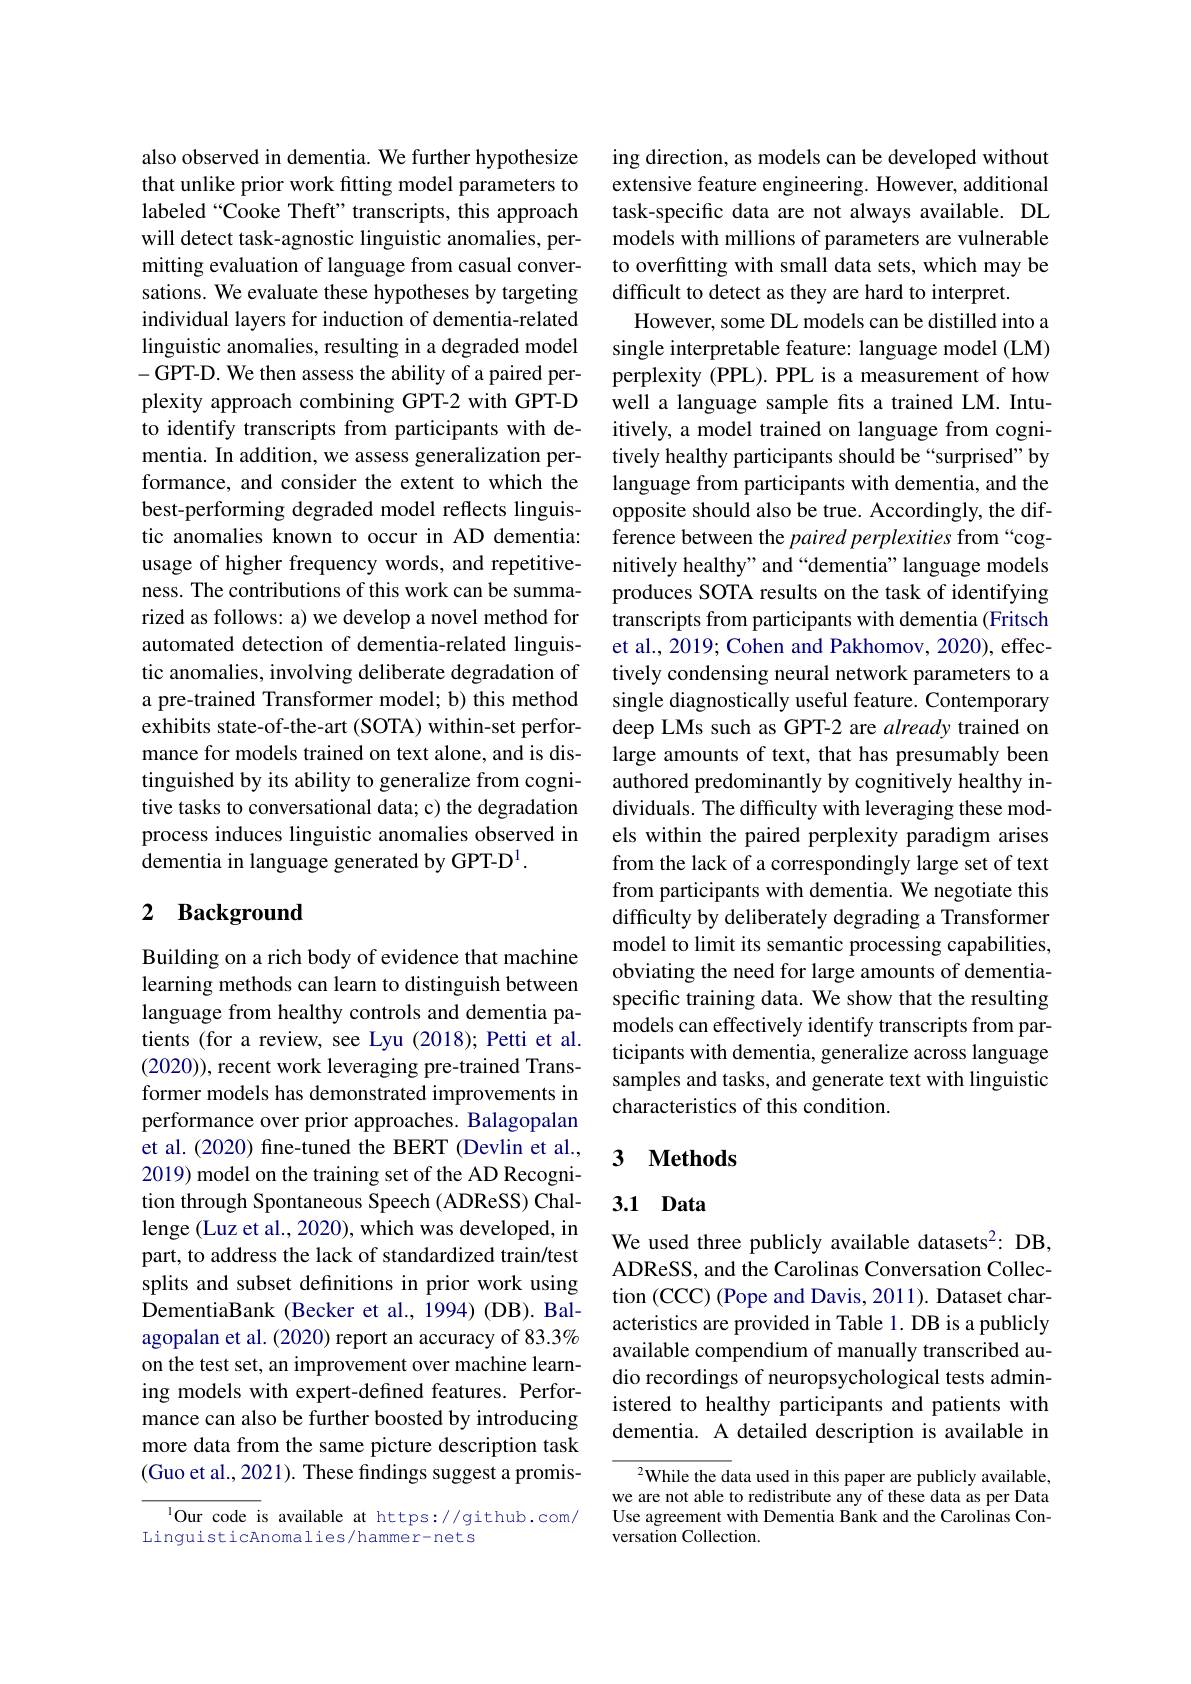
also observed in dementia. We further hypothesize that unlike prior work fitting model parameters to labeled “Cooke Theft” transcripts, this approach will detect task-agnostic linguistic anomalies, permitting evaluation of language from casual conversations. We evaluate these hypotheses by targeting individual layers for induction of dementia-related linguistic anomalies, resulting in a degraded model -GPT-D. We then assess the ability of a paired perplexity approach combining GPT-2 with GPT-D to identify transcripts from participants with dementia. In addition, we assess generalization performance, and consider the extent to which the best-performing degraded model reflects linguistic anomalies known to occur in AD dementia: usage of higher frequency words, and repetitiveness. The contributions of this work can be summarized as follows: a) we develop a novel method for automated detection of dementia-related linguistic anomalies, involving deliberate degradation of a pre-trained Transformer model; b) this method exhibits state-of-the-art (SOTA) within-set performance for models trained on text alone, and is distinguished by its ability to generalize from cognitive tasks to conversational data; c) the degradation process induces linguistic anomalies observed in dementia in language generated by GPT-D$^1.$

# 2 Background

Building on a rich body of evidence that machine learning methods can learn to distinguish between language from healthy controls and dementia patients (for a review, see Lyu (2018); Petti et al. (2020)), recent work leveraging pre-trained Transformer models has demonstrated improvements in performance over prior approaches. Balagopalan et al. (2020) fine-tuned the BERT (Devlin et al., 2019) model on the training set of the AD Recognition through Spontaneous Speech (ADReSS) Challenge (Luz et al., 2020), which was developed, in part, to address the lack of standardized train/test splits and subset definitions in prior work using DementiaBank (Becker et al., 1994) (DB). Balagopalan et al. (2020) report an accuracy of 83.3% on the test set, an improvement over machine learning models with expert-defined features. Performance can also be further boosted by introducing more data from the same picture description task (Guo et al., 2021). These findings suggest a promis-

lOur code is available at https://github.com/
LinguisticAnomalies/hammer-nets

ing direction, as models can be developed without extensive feature engineering. However, additional task-specific data are not always available. DL models with millions of parameters are vulnerable to overfitting with small data sets, which may be difficult to detect as they are hard to interpret.
However, some DL models can be distilled into a single interpretable feature: language model (LM) perplexity (PPL).PPL is a measurement of how well a language sample fits a trained LM. Intuitively, a model trained on language from cognitively healthy participants should be“surprised”by language from participants with dementia, and the opposite should also be true. Accordingly, the difference between the paired perplexities from “cognitively healthy" and “dementia” language models produces SOTA results on the task of identifying transcripts from participants with dementia (Fritsch et al., 2019; Cohen and Pakhomov, 2020), effectively condensing neural network parameters to a single diagnostically useful feature. Contemporary deep LMs such as GPT-2 are already trained on large amounts of text, that has presumably been authored predominantly by cognitively healthy individuals. The difficulty with leveraging these models within the paired perplexity paradigm arises from the lack of a correspondingly large set of text from participants with dementia. We negotiate this difficulty by deliberately degrading a Transformer model to limit its semantic processing capabilities, obviating the need for large amounts of dementiaspecific training data. We show that the resulting models can effectively identify transcripts from participants with dementia, generalize across language samples and tasks, and generate text with linguistic characteristics of this condition.

## 3 $\textbf{Methods}$

## 3.1 Data

We used three publicly available datasets$^{2}$: DB, ADReSS, and the Carolinas Conversation Collection (CCC) (Pope and Davis, 2011). Dataset characteristics are provided in Table 1. DB is a publicly available compendium of manually transcribed audio recordings of neuropsychological tests administered to healthy participants and patients with dementia. A detailed description is available in

$^{2}$While the data used in this paper are publicly available, we are not able to redistribute any of these data as per Data Use agreement with Dementia Bank and the Carolinas Conversation Collection.